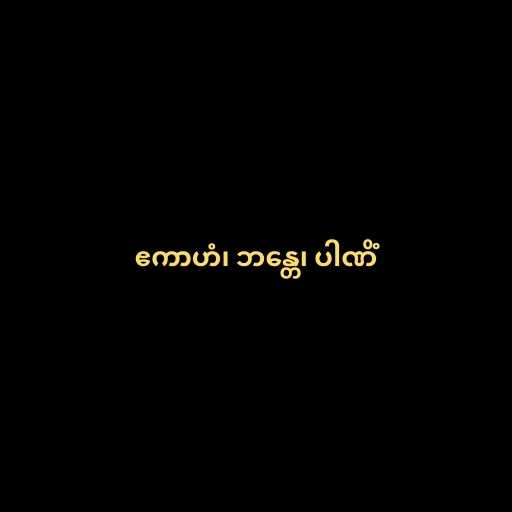
ဧကာဟံ၊ ဘန္တေ၊ ပါဏိံ